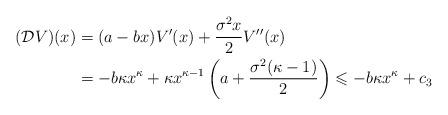
LaTeX: \begin{align*}(\mathcal{D}V)(x) & =(a-bx)V'(x)+\frac{\sigma^{2}x}{2}V''(x)\\ & =-b\kappa x^{\kappa}+\kappa x^{\kappa-1}\left(a+\frac{\sigma^{2}(\kappa-1)}{2}\right)\leqslant-b\kappa x^{\kappa}+c_{3}\end{align*}